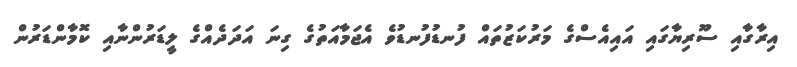
އިރާގާއި ސޫރިޔާގައި އައިއެސްގެ މަރުކަޒުތައް ފުނޑުފުނޑުވެ އެޖަމާއަތުގެ ގިނަ އަދަދެއްގެ ލީޑަރުންނާއި ކޮމާންޑަރުން